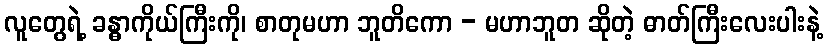
လူတွေရဲ့ ခန္ဓာကိုယ်ကြီးကို၊ စာတုမဟာ ဘူတိကော - မဟာဘူတ ဆိုတဲ့ ဓာတ်ကြီးလေးပါးနဲ့